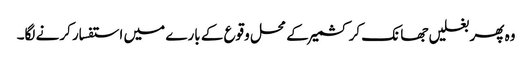
وہ پھر بغلیں جھانک کر کشمیر کے محل وقوع کے بارے میں استفسار کرنے لگا۔